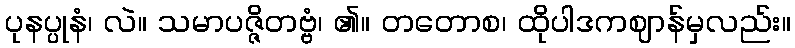
ပုနပ္ပုနံ၊ လဲ။ သမာပဇ္ဇိတဗ္ဗံ၊ ၏။ တတောစ၊ ထိုပါဒကဈာန်မှလည်း။